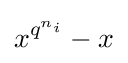
x^{q^{n_{i}}}-x